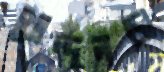
খোন্দলডা